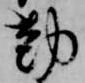
勤